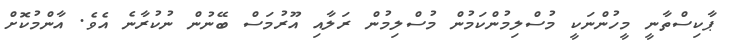
ޕާކިސްތާނީ މީހުންނަކީ މުސްލިމުންކަމުން މުސްލިމުން ރަލާއި އޫރުމަސް ބޭނުން ނުކުރާނެ އެވެ. އާންމުކޮށް